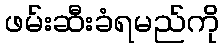
ဖမ်းဆီးခံရမည်ကို